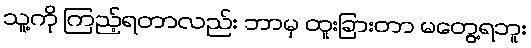
သူ့ကို ကြည့်ရတာလည်း ဘာမှ ထူးခြားတာ မတွေ့ရဘူး